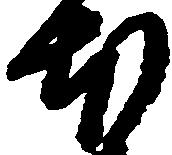
本